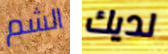
الشم لديك